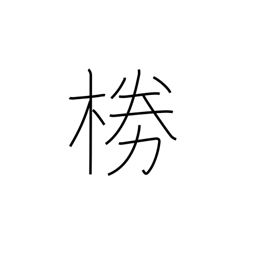
Meaning: wickerwork